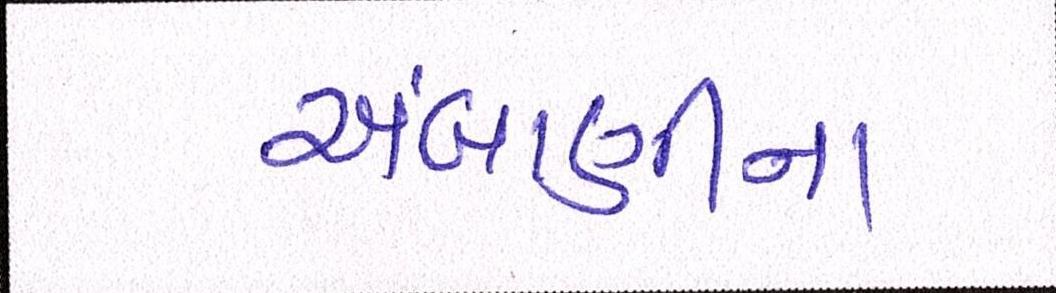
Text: અંબાણીના